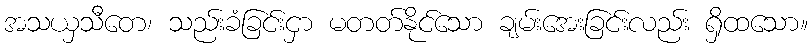
အသယှသီတေ၊ သည်းခံခြင်းငှာ မတတ်နိုင်သော ချမ်းအေးခြင်းလည်း ရှိထသော။